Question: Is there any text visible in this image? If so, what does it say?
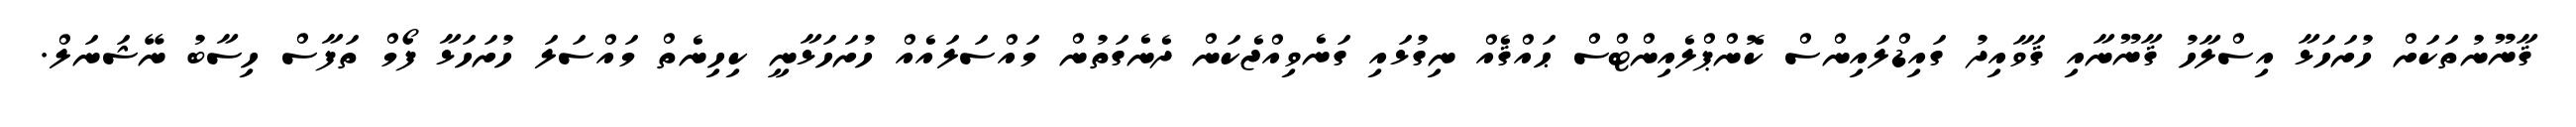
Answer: ޤާނޫނުތަކަށް ހުށަހަޅާ އިސްލާހު ޤާނޫނާއި ޤަވާއިދު ގައިޑްލައިންސް ކޮންޕްލެއިންޓްސް ޙައްޤެއް ނިގުޅައި ގަނެވިއްޖެކަން ދެނެގަތުން މައްސަލައެއް ހުށަހަޅާނީ ކިހިނެތް މައްސަލަ ހުށަހަޅާ ފޯމް ތަފާސް ހިސާބު ނޭޝަނަލް.